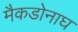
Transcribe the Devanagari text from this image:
मैकडोनाघ